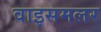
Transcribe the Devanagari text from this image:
वाइसमलर